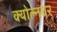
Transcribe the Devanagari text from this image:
क्योल्नवर